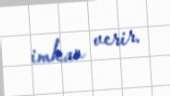
imkan verir.